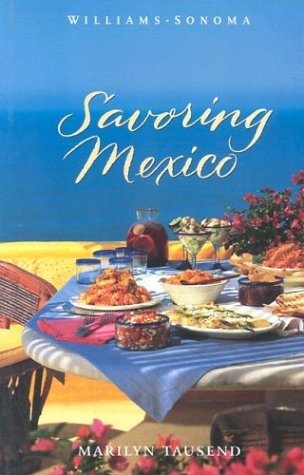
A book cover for Williams-Sonoma Savoring Mexico: Recipes and Reflections on Mexican Cooking; Marilyn Tausend; Cookbooks, Food & Wine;